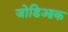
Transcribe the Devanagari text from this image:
जोडिआक